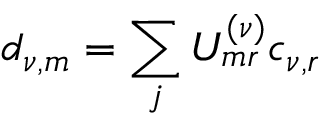
d _ { \nu , m } = \sum _ { j } U _ { m r } ^ { ( \nu ) } c _ { \nu , r }